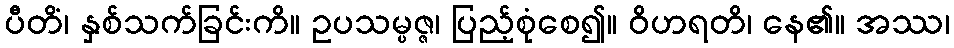
ပီတိံ၊ နှစ်သက်ခြင်းကိ။ ဥပသမ္ပဇ္ဇ၊ ပြည့်စုံစေ၍။ ဝိဟရတိ၊ နေ၏။ အဿ၊